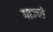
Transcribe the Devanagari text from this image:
गाज्यो